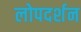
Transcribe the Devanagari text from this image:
लोपदर्शन